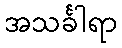
အသင်္ခါရာ